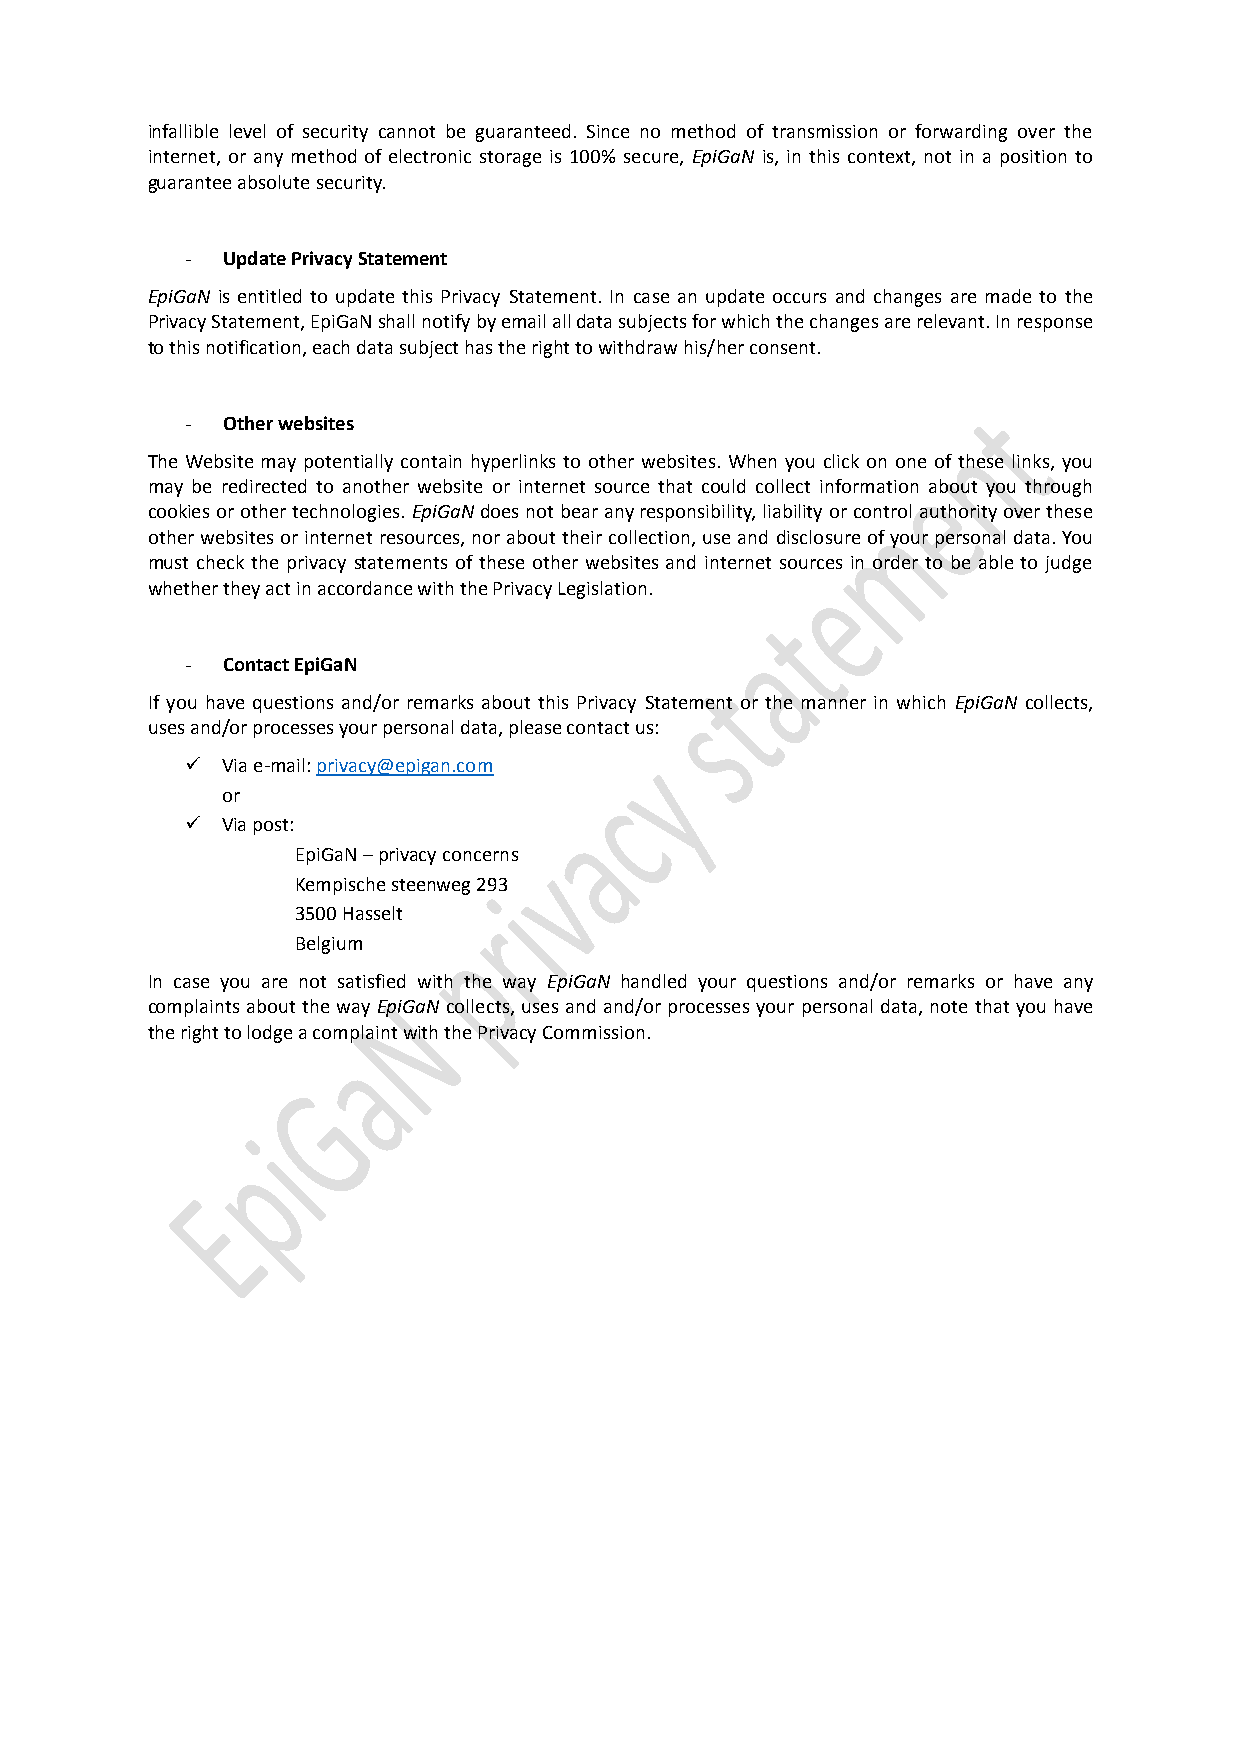
infallible level of security cannot be guaranteed. Since no method of transmission or forwarding over the
 internet, or any method of electronic storage is 100% secure, EpiGaN is, in this context, not in a position to
 guarantee absolute security.
 -  Update Privacy Statement
 EpiGaN is entitled to update this Privacy Statement. In case an update occurs and changes are made to the
 Privacy Statement, EpiGaN shall notify by email all data subjects for which the changes are relevant. In response
 to this notification, each data subject has the right to withdraw his/her consent.
 -  Other websites
 The Website may potentially contain hyperlinks to other websites. When you click on one of these links, you
 may be redirected to another website or internet source that could collect information about you through
 cookies or other technologies. EpiGaN does not bear any responsibility, liability or control authority over these
 other websites or internet resources, nor about their collection, use and disclosure of your personal data. You
 must check the privacy statements of these other websites and internet sources in order to be able to judge
 whether they act in accordance with the Privacy Legislation.
 -  Contact EpiGaN
 If you have questions and/or remarks about this Privacy Statement or the manner in which EpiGaN collects,
 uses and/or processes your personal data, please contact us:
   Via e-mail: privacy@epigan.com
 or
   Via post:
 EpiGaN – privacy concerns
 Kempische steenweg 293
 3500 Hasselt
 Belgium
 In case you are not satisfied with the way EpiGaN handled your questions and/or remarks or have any
 complaints about the way EpiGaN collects, uses and and/or processes your personal data, note that you have
 the right to lodge a complaint with the Privacy Commission.